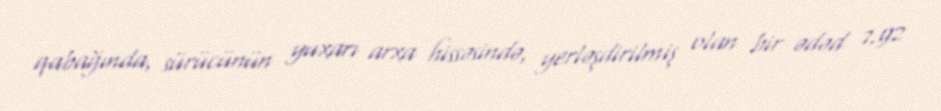
qabağında, sürücünün yuxarı arxa hissəsində, yerləşdirilmiş olan bir ədəd 7.92